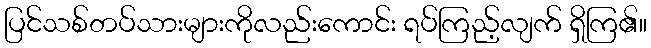
ပြင်သစ်တပ်သားများကိုလည်းကောင်း ရပ်ကြည့်လျက် ရှိကြ၏။